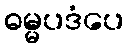
ဓမ္မပဒံပေ